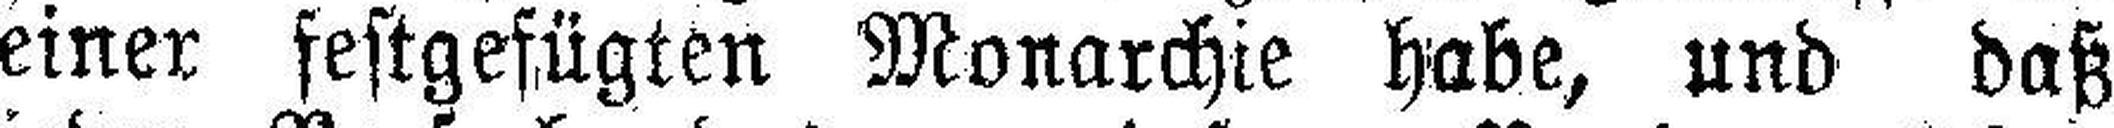
einer festgefügten Monarchie habe, und daß